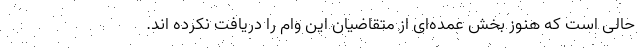
حالی است که هنوز بخش عمده‌ای از متقاضیان این وام را دریافت نکرده اند.